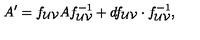
A ^ { \prime } = f _ { { \cal { U } } { \cal { V } } } A f _ { { \cal { U } } { \cal { V } } } ^ { - 1 } + d f _ { { \cal { U } } { \cal { V } } } \cdot f _ { { \cal { U } } { \cal { V } } } ^ { - 1 } ,